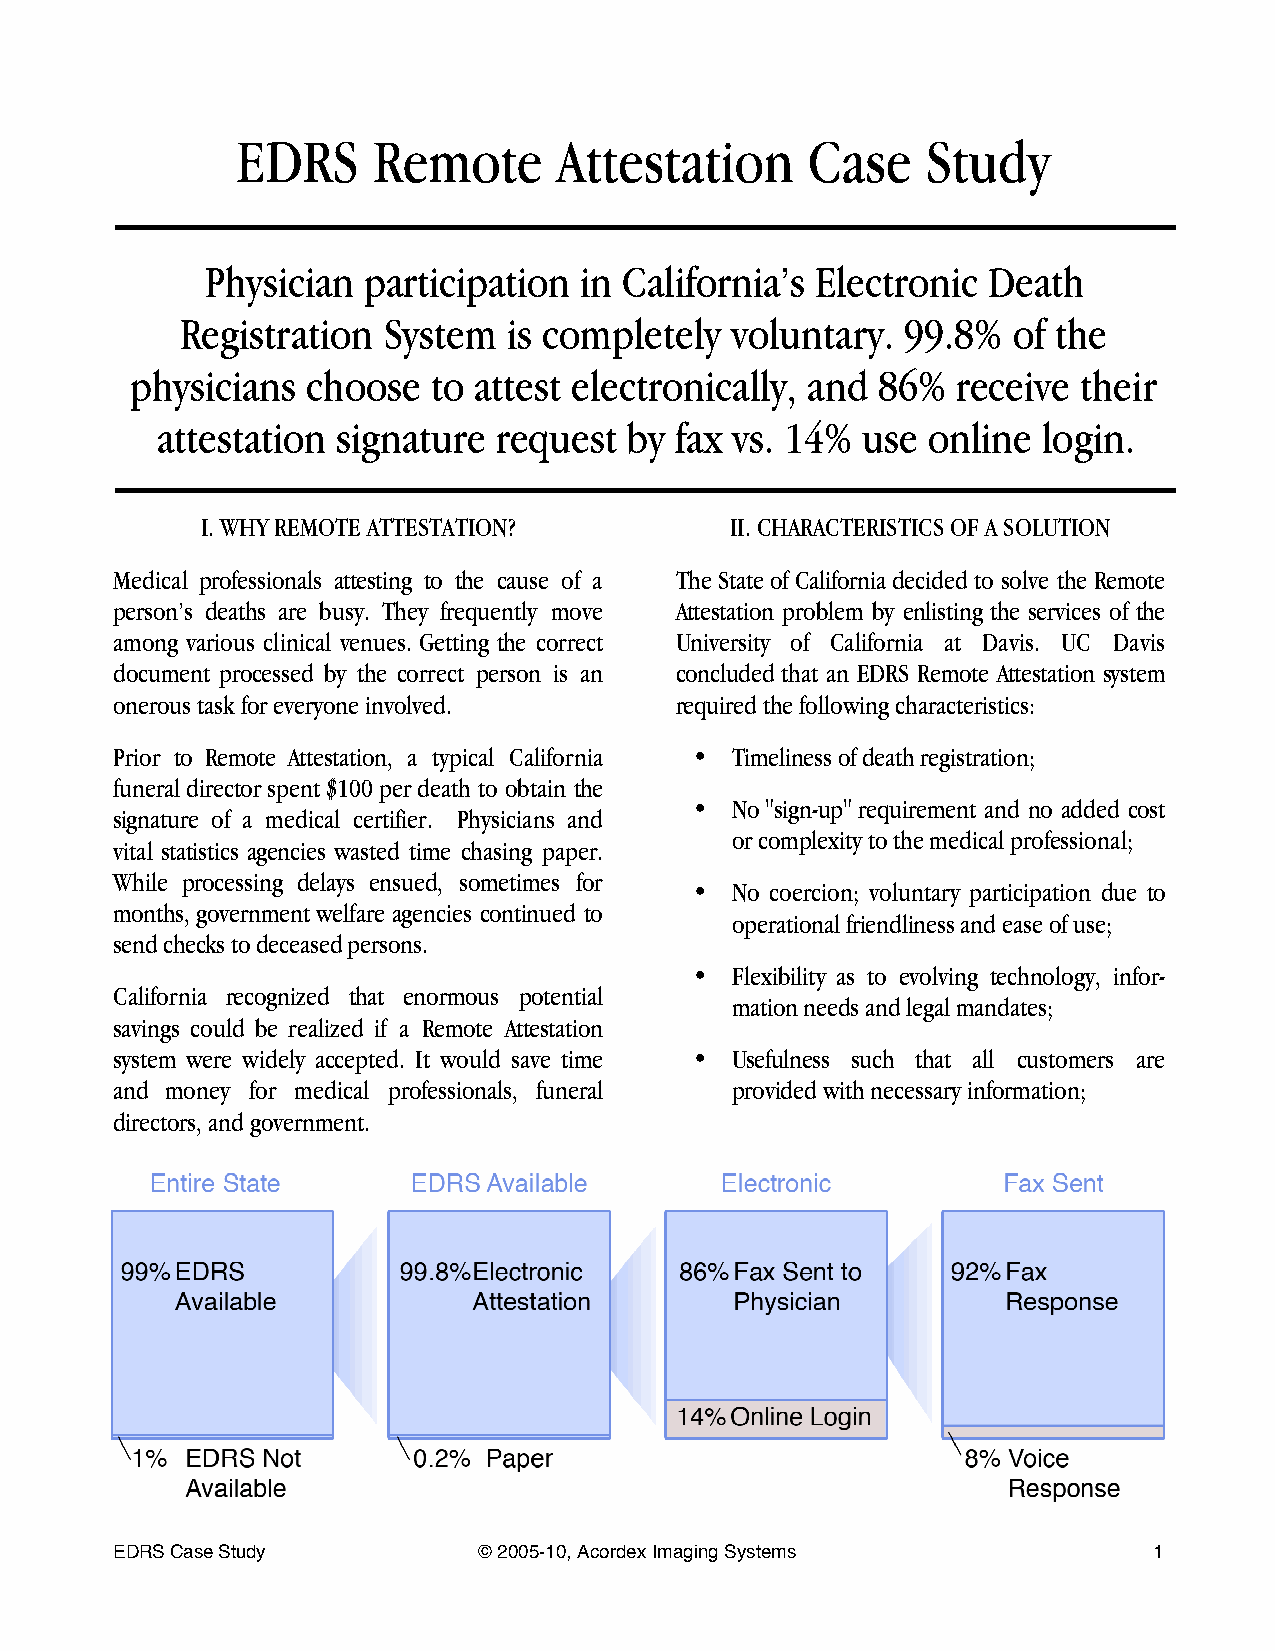
EDRS     Remote      Attestation     Case    Study
 Physician participation in California’s Electronic Death
 Registration System   is completely voluntary.  99.8%  of the
 physicians choose   to attest electronically, and 86% receive  their
 attestation signature  request  by fax vs. 14% use online  login.
 I. WHY REMOTE ATTESTATION?         II. CHARACTERISTICS OF A SOLUTION
 Medical professionals attesting to the cause of a The State of California decided to solve the Remote
 person’s deaths are busy. They frequently move Attestation problem by enlisting the services of the
 among various clinical venues. Getting the correct University of California at Davis. UC Davis
 document processed by the correct person is an concluded that an EDRS Remote Attestation system
 onerous task for everyone involved.   required the following characteristics:
 Prior to Remote Attestation, a typical California • Timeliness of death registration;
 funeral director spent $100 per death to obtain the
 • No "sign-up" requirement and no added cost
 signature of a medical certifier. Physicians and
 or complexity to the medical professional;
 vital statistics agencies wasted time chasing paper.
 While processing delays ensued, sometimes for
 • No coercion; voluntary participation due to
 months, government welfare agencies continued to
 operational friendliness and ease of use;
 send checks to deceased persons.
 • Flexibility as to evolving technology, infor-
 California recognized that enormous potential
 mation needs and legal mandates;
 savings could be realized if a Remote Attestation
 system were widely accepted. It would save time • Usefulness such that all customers are
 and money for medical professionals, funeral provided with necessary information;
 directors, and government.
 EDRS Case Study          © 2005-10, Acordex Imaging Systems          1